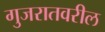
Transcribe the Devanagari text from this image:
गुजरातवरील